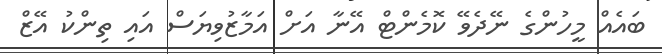
ބައެއް މީހުންގެ ނޭދެވޭ ކޮމެންޓް އޭނާ އަށް އަމާޒުވިޔަސް އައި ތިންކު އޭޒް